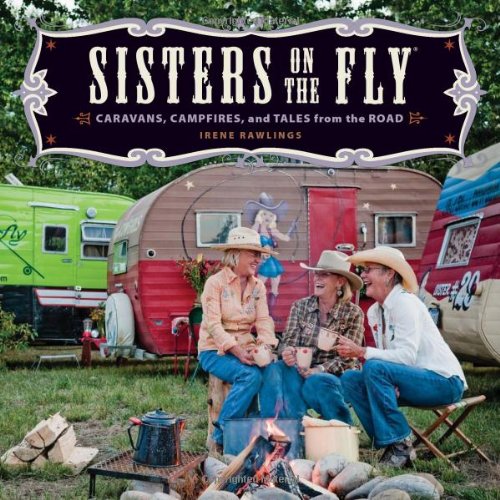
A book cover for Sisters on the Fly: Caravans, Campfires, and Tales from the Road; Irene Rawlings; Arts & Photography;